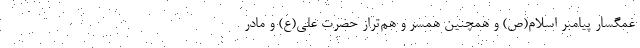
غمگسار پیامبر اسلام(ص) و همچنین همسر و هم‌تراز حضرت علی(ع) و مادر